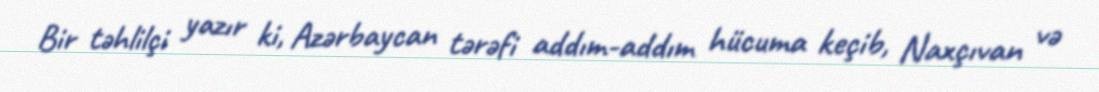
Bir təhlilçi yazır ki, Azərbaycan tərəfi addım-addım hücuma keçib, Naxçıvan və